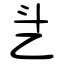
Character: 乧